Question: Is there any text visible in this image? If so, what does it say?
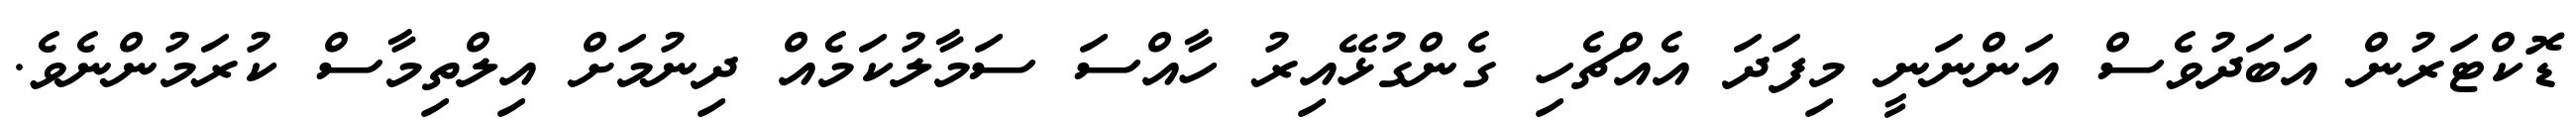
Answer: ޑޮކްޓަރުން އަބަދުވެސް އަންނަނީ މިފަދަ އެއްޗެހި ގެންގުޅޭއިރު ހާއްސަ ސަމާލުކަމެއް ދިނުމަށް އިލްތިމާސް ކުރަމުންނެވެ.